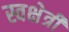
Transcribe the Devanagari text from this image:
स्वक्षेत्री